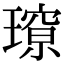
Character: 𭹽